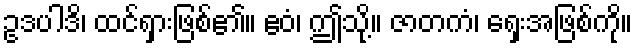
ဥဒပါဒိ၊ ထင်ရှားဖြစ်၏။ ဧဝံ၊ ဤသို့။ ဇာတကံ၊ ရှေးအဖြစ်ကို။